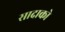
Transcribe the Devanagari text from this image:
सादाको